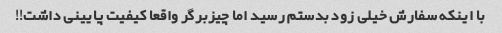
با اینکه سفارش خیلی زود بدستم رسید اما چیزبرگر واقعا کیفیت پایینی داشت!!